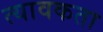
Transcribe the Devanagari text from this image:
त्यावकता